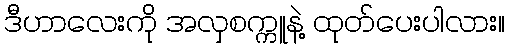
ဒီဟာလေးကို အလှစက္ကူနဲ့ ထုတ်ပေးပါလား။